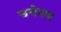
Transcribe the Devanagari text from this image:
चचेगाव